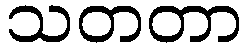
သတတာ